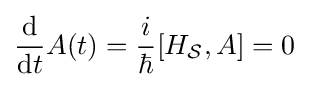
{\frac {\mathrm {d} }{\mathrm {d} t}}A(t)={\frac {i}{\hbar }}[H_{\mathcal {S}},A]=0